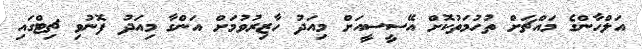
އަލްހާންގެ މައްޗަށް ތުހުމަތުކޮށް އޭސީސީއަށް މިއަދު ހާޒިރުވުމަށް އަންގާ މިއަދު ފޮނުވި ޗިޓްގައި